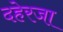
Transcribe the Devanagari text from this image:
दहेरजा